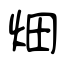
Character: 畑